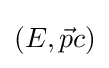
\left(E,{\vec {p}}c\right)